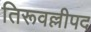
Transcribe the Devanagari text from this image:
तिरूवल्लीपद